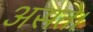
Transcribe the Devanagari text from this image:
असते।